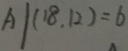
A \vert ( 1 8 . 1 2 ) = b